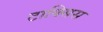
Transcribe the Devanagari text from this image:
टाक्सिस